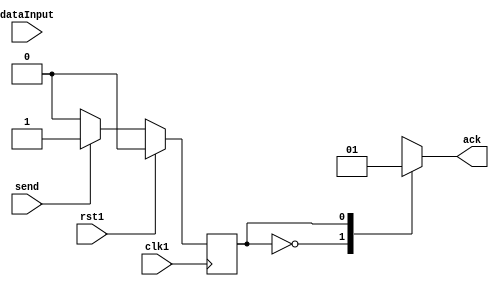
`timescale 1ns / 1ps

module fsmPeriferico(send,dataInput,ack,clk1,rst1);

	output reg ack;

	input send;
  input [1:0] dataInput;
	input clk1;
	input rst1;

  reg [1:0] data;
	
	reg S;//state
	reg NS;//next state

	/***** STATE *****/
	always @ (posedge clk1)
		begin
			if(rst1 == 1)
      begin
				S <= 0;
        data <= 2'b00;
      end
			else
				S <= NS;
		end
	/***** STATE *****/

	/***** NEXT STATE *****/
	always @ (*)
		begin
			case ({S})
				0://estado 00
					if(send == 1)
						NS = 1;
					else
						NS = 0;
				1://estado 01
					if(send == 1)
						NS = 1;
					else
						NS = 0;
			endcase
		end
	/***** NEXT STATE *****/

	/***** OUTPUTS *****/
	always @ (*)
		begin
			case ({S})
				0:begin
					ack = 0;
				end
				1:begin
          data = dataInput;
					ack = 1;
				end
			endcase
		end
	/***** OUTPUTS *****/
endmodule